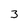
Character: 3